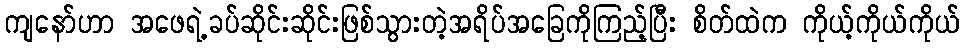
ကျနော်ဟာ အဖေရဲ့ခပ်ဆိုင်းဆိုင်းဖြစ်သွားတဲ့အရိပ်အခြေကိုကြည့်ပြီး စိတ်ထဲက ကိုယ့်ကိုယ်ကိုယ်